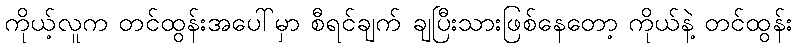
ကိုယ့်လူက တင်ထွန်းအပေါ်မှာ စီရင်ချက် ချပြီးသားဖြစ်နေတော့ ကိုယ်နဲ့ တင်ထွန်း